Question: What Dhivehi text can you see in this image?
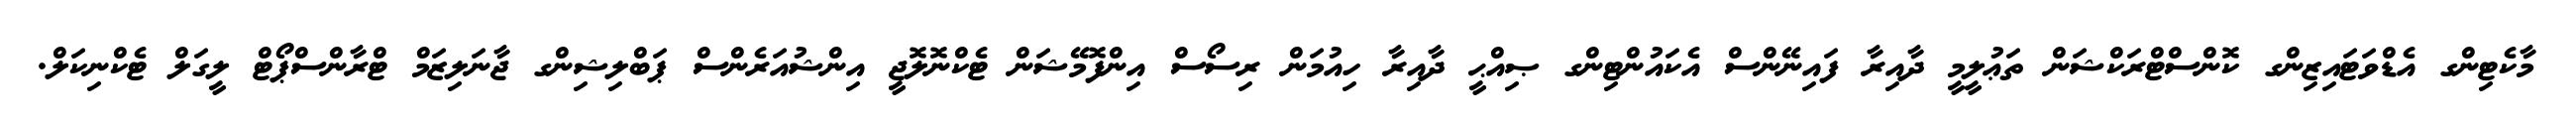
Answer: މާކެޓިންގ އެޑްވަޓައިޒިންގ ކޮންސްޓްރަކްޝަން ތަޢުލީމީ ދާއިރާ ފައިނޭންސް އެކައުންޓިންގ ޞިއްޙީ ދާއިރާ ހިއުމަން ރިސޯސް އިންފޮމޭޝަން ޓެކްނޮލޮޖީ އިންޝުއަރެންސް ޕަބްލިޝިންގ ޖާނަލިޒަމް ޓްރާންސްޕޯޓް ލީގަލް ޓެކްނިކަލް.